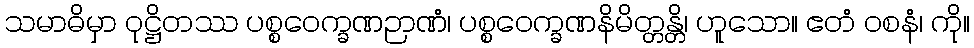
သမာဓိမှာ ဝုဋ္ဌိတဿ ပစ္စဝေက္ခဏဉာဏံ၊ ပစ္စဝေက္ခဏနိမိတ္တန္တိ၊ ဟူသော။ ဧတံ ဝစနံ၊ ကို။